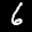
Label: 6